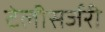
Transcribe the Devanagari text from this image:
टेलीसर्जरी